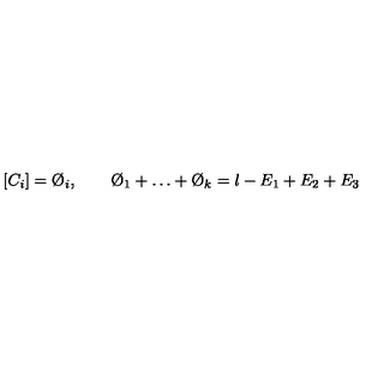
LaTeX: [ C _ { i } ] = \O _ { i } , \qquad \O _ { 1 } + \dots + \O _ { k } = l - E _ { 1 } + E _ { 2 } + E _ { 3 }